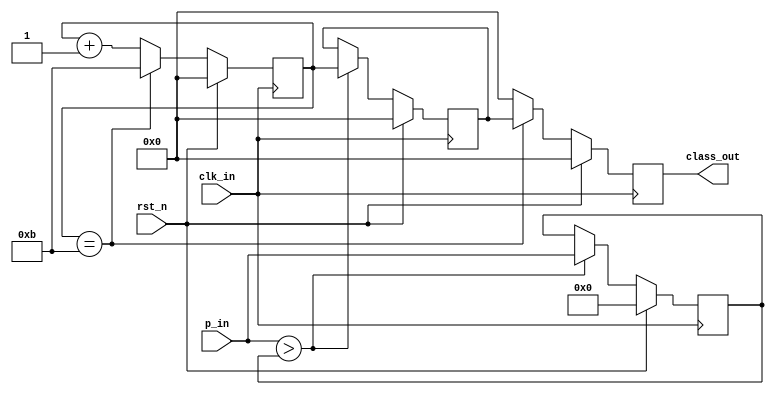
`timescale 1ns / 1ps
//////////////////////////////////////////////////////////////////////////////////
// Company: 
// Engineer: 
// 
// Design Name: 
// Module Name:    max_output 
// Project Name: 
// Target Devices: 
// Tool versions: 
// Description: 
//
// Dependencies: 
//
// Revision: 
// Revision 0.01 - File Created
// Additional Comments: 
//
//////////////////////////////////////////////////////////////////////////////////
module max_output(
	clk_in,
	rst_n,
	p_in,
	class_out
    );

input clk_in;
input rst_n;
input signed [19:0] p_in;
output reg [3:0] class_out = 0;

reg signed [19:0] max_tmp = 0;
reg [3:0] class_tmp = 0;
reg [3:0] cnt = 0;

always @ (posedge clk_in)
begin
	if(rst_n)
	begin
		max_tmp <= 0;
		class_tmp <= 0;
	end
	else
	begin
		if(p_in > max_tmp)
		begin
			max_tmp <= p_in;
			class_tmp <= cnt;
		end
		else
		begin
			max_tmp <= max_tmp;
			class_tmp <= class_tmp;
		end
	end
end

always @ (posedge clk_in)
begin
	if(rst_n)
	begin
		cnt <= 0;
		class_out <= 0;
	end
	else
	begin
		if(cnt == 11)
		begin
			cnt <= 11;
			class_out <= class_tmp;
		end
		else
		begin
			cnt <= cnt + 1;
			class_out <= 0;
		end
	end
end

endmodule